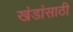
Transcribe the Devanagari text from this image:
खंडांसाठी